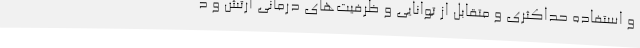
و استفاده حداکثری و متقابل از توانایی و ظرفیت‌های درمانی ارتش و د